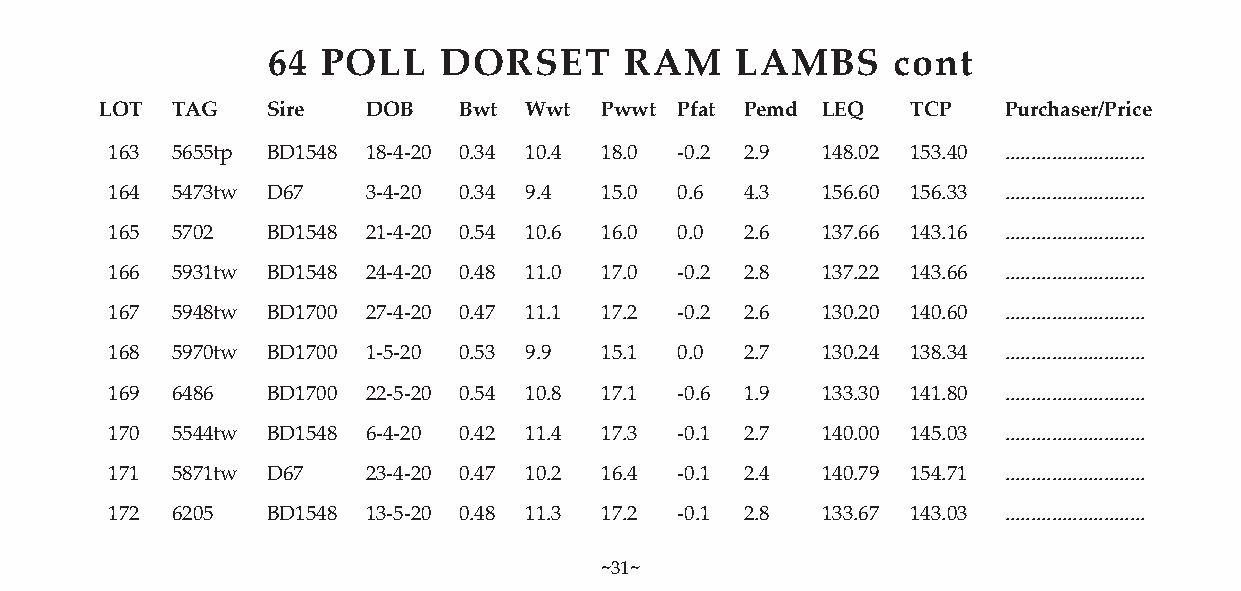
64 POLL    DORSET      RAM     LAMBS     cont
 LOT TAG    Sire  DOB   Bwt  Wwt  Pwwt Pfat Pemd LEQ  TCP   Purchaser/Price
 163 5655tp BD1548 18-4-20 0.34 10.4 18.0 -0.2 2.9 148.02 153.40 ...........................
 164 5473tw D67   3-4-20 0.34 9.4 15.0 0.6 4.3  156.60 156.33 ...........................
 165 5702   BD1548 21-4-20 0.54 10.6 16.0 0.0 2.6 137.66 143.16 ...........................
 166 5931tw BD1548 24-4-20 0.48 11.0 17.0 -0.2 2.8 137.22 143.66 ...........................
 167 5948tw BD1700 27-4-20 0.47 11.1 17.2 -0.2 2.6 130.20 140.60 ...........................
 168 5970tw BD1700 1-5-20 0.53 9.9 15.1 0.0 2.7 130.24 138.34 ...........................
 169 6486   BD1700 22-5-20 0.54 10.8 17.1 -0.6 1.9 133.30 141.80 ...........................
 170 5544tw BD1548 6-4-20 0.42 11.4 17.3 -0.1 2.7 140.00 145.03 ...........................
 171 5871tw D67   23-4-20 0.47 10.2 16.4 -0.1 2.4 140.79 154.71 ...........................
 172 6205   BD1548 13-5-20 0.48 11.3 17.2 -0.1 2.8 133.67 143.03 ...........................
 ~31~